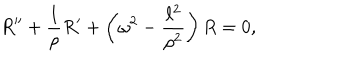
R ^ { \prime \prime } + \frac { 1 } { \rho } R ^ { \prime } + \left( \omega ^ { 2 } - \frac { \ell ^ { 2 } } { \rho ^ { 2 } } \right) R = 0 ,